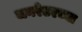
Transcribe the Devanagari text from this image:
जनरेटरच्या